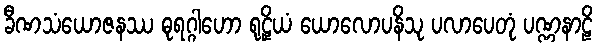
ခီဏသံယောဇနဿ ဓုရဂ္ဂါဟော ရုဠှိယံ ယောလောပနိသု ပလာပေတုံ ပဏ္ဏနာဠိ